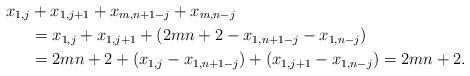
\begin{align*}x_{1,j} &+x_{1,j+1}+x_{m,n+1-j}+x_{m,n-j} \\ &=x_{1,j}+x_{1,j+1}+ ( 2mn+2 - x_{1,n+1-j}-x_{1,n-j} ) \\ &=2mn+2+ ( x_{1,j} -x_{1,n+1-j} ) + (x_{1,j+1} -x_{1,n-j} ) =2mn+2.\end{align*}